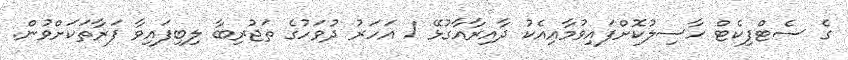
ގެ ސެޓްފިކެޓް ހާސިލުކޮށްފައިވުމާއިއެކު ދާއިރާއާގުޅޭ 1 އަހަރު ދުވަހުގެ ތަޖުރިބާ ލިބިފައިވާ ފަރާތަކަށްވުން.